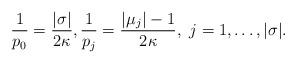
LaTeX: \begin{align*}\frac{1}{p_0}=\frac{|\sigma|}{2\kappa},\frac{1}{p_j}=\frac{|\mu_j|-1}{2\kappa},\ j=1,\ldots,|\sigma|.\end{align*}